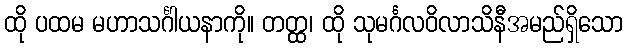
ထို ပထမ မဟာသင်္ဂါယနာကို။ တတ္ထ၊ ထို သုမင်္ဂလဝိလာသိနီအမည်ရှိသော